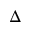
\Delta